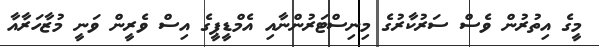
މީގެ އިތުރުން ވެސް ސަރުކާރުގެ މިނިސްޓަރުންނާއި އެމްޑީޕީގެ އިސް ވެރީން ވަނީ މުޒާހަރާއާ